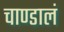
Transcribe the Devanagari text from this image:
चाण्डालं